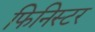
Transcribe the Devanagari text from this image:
फिनिस्टर